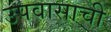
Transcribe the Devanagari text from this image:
उपवासाची